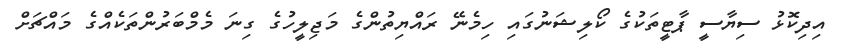
އިދިކޮޅު ސިޔާސީ ޕާޓީތަކުގެ ކޯލިޝަނުގައި ހިމެނޭ ރައްޔިތުންގެ މަޖިލީހުގެ ގިނަ މެމްބަރުންތަކެއްގެ މައްޗަށް